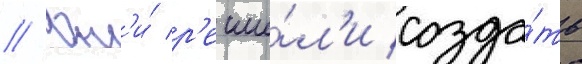
// Он'и́ р'еши́л'и созда́ть